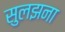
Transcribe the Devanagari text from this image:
सुलझना